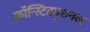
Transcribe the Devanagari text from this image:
कॉन्स्टिट्युशनल